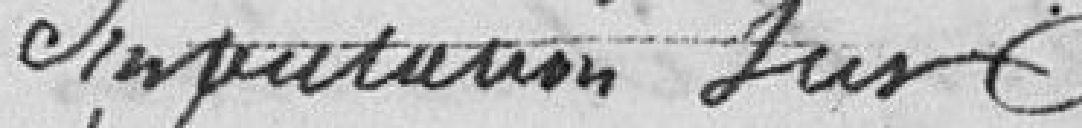
Imputation aux